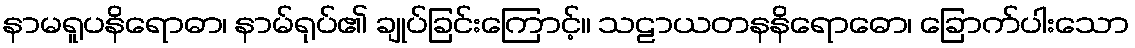
နာမရူပနိရောဓာ၊ နာမ်ရုပ်၏ ချုပ်ခြင်းကြောင့်။ သဠာယတနနိရောဓော၊ ခြောက်ပါးသော